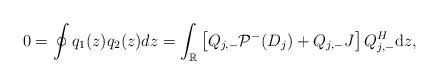
LaTeX: \begin{align*}0=\oint q_1(z) q_2(z) dz=\int_{\mathbb{R}}\left[Q_{j,-}\mathcal{P}^-(D_j)+Q_{j,-}J\right] Q_{j,-}^H \mathrm{d}z,\end{align*}